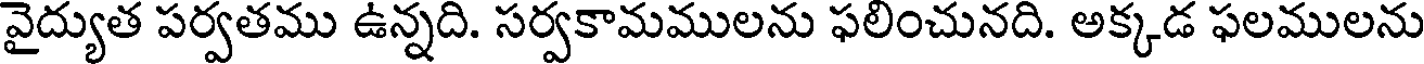
వైద్యుత పర్వతము ఉన్నది. సర్వకామములను ఫలించునది. అక్కడ ఫలములను